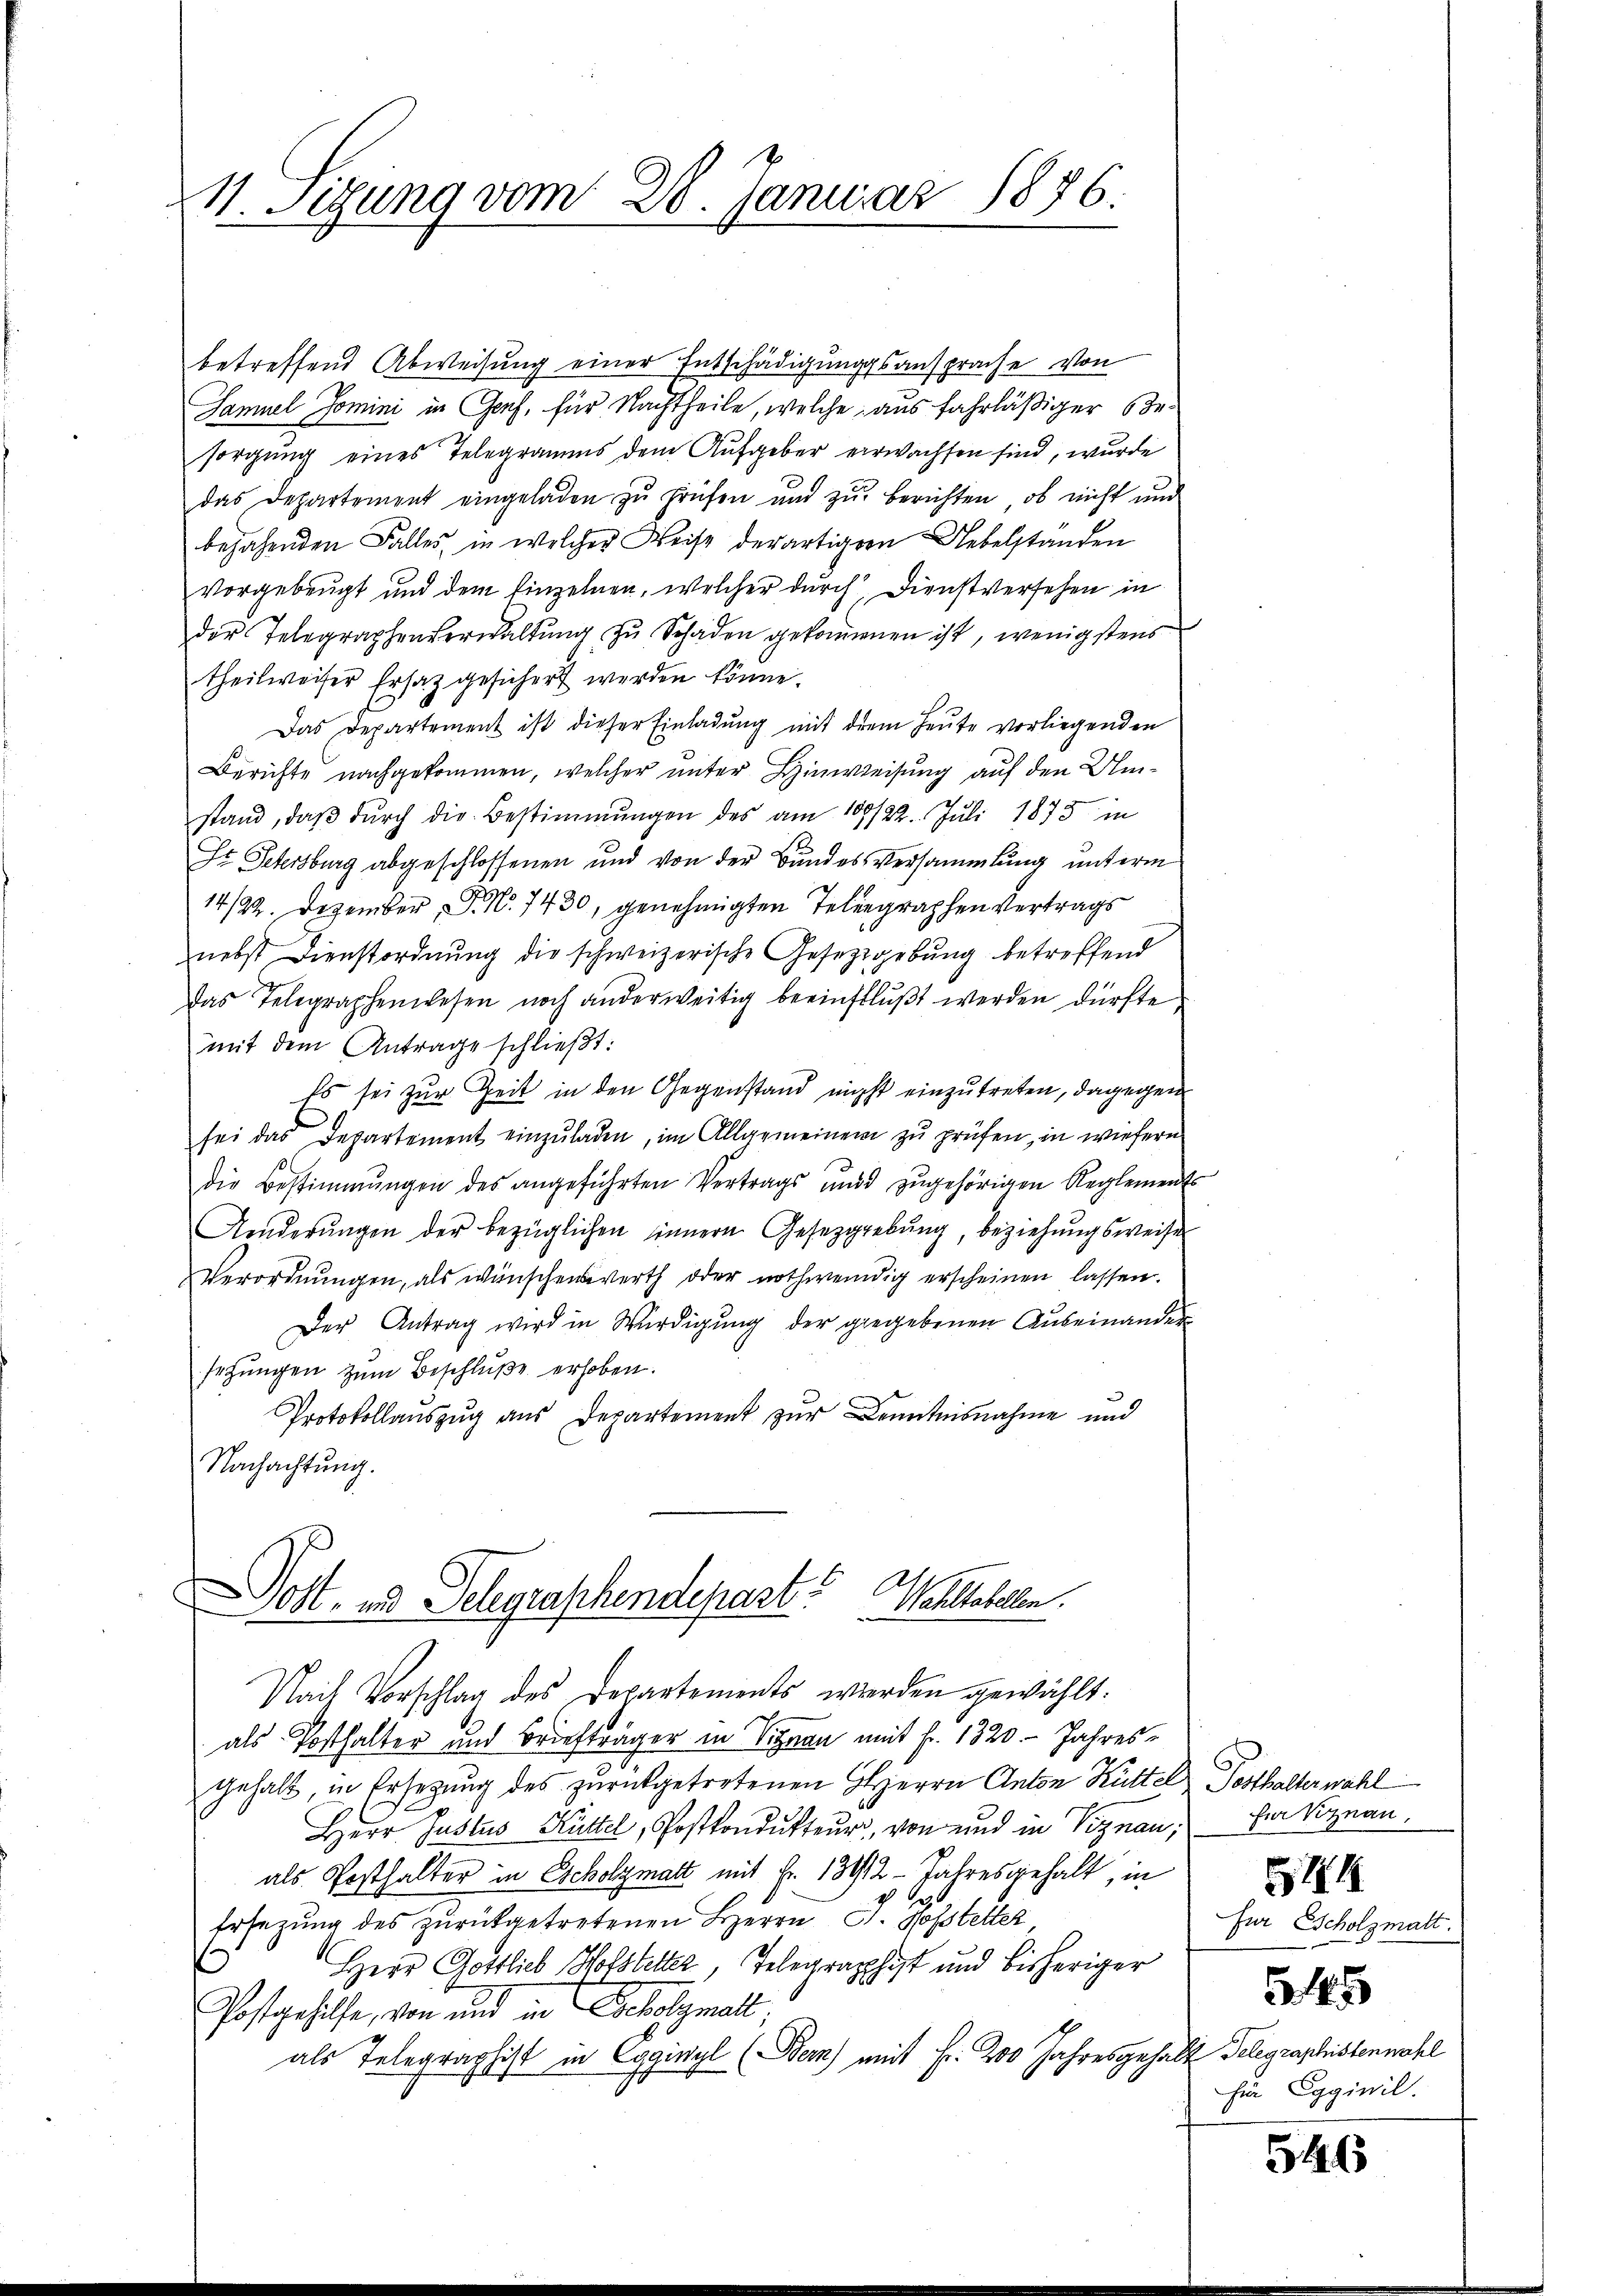
11. Sitzung vom 28. Januar 1876.

betreffend Abweisung einer Entschädigungsansprache von
Samuel Jomini in Genf, für Nachtheile, welche aus fahrläßiger Besorgung eines Telegramms dem Aufgeber verwachsen sind, wurde
das Departement eingeladen zŭ prüfen und zŭr berichten, ob nicht und
bejahenden Falles, in welcher Weise derartigern Uebelständen
vorgebeugt und dem Einzelnen, welcher durch Dienstversehen in
der Telegraphenverwaltŭng zŭ Schaden gekommenen ist, wenigstens
theilweiser Ersatz gesichert werden könne.
Das Departement ist dieser Einladung mit dem Heute vorliegenden
Berichte nachgekommen, welcher unter Hinweisung auf den Umstand, daβ dŭrch die Bestimmungen des am 109/22. Jŭli 1875 in
Dr. Petersburg abgeschlossenen und von der Bundesversammlung unterm
14/22. Dezember, P. Nr. 7430, genehmigten Telegraphen Vertrags
nebst Dienstordnŭng die schweizerische Gesetzgebung betreffend
Das Telegraphenwesen noch anderweitig beeinflŭβt werden dürfte.
mit dem Antrage schließt:
Es sei zur Zeit in den Gegenstand nicht einzutreten, dagegen
sei das Departement einzŭladen, im Allgemeinem zu prüfen, in wiefern
die Bestimmungen des angeführten Vertrags und zugehörigen Reglements
Änderŭngen der bezüglichen sinnern Gesezggebŭng, beziehŭngsweise
Verordnŭngen, als wünschenswerth oder nothwendig erscheinen lassen.
Der Antrag wird in Würdigung der gegebenen Auseinandersetzŭngen zŭm Beschlŭβe erhoben.
Protokollauszug aus Departement zur Kenntnisnahme und
Nachachtung.

ost- und Gelegraschendepart. Wohltobelen.

Nach Vorschlag des Departements werden gewählt:
als Posthalter und Briefträger in Signan mit fr. 1320. Jahres-
gehalt in Ersezung des zurückgetretenen HHerrn Anton Hüttel Posthalterwähl
Herr Justus Hüttel, Postkondukteur, von und in Viznau, Er Signan
als Posthalter in Escholzmatt mit Fr. 134/12 - Jahresgehalt, in
Ersetzung des zurückgetretenen Herrn C. Hofstetter,
Herr Gottlieb Hofstetter, Telegraphist und bisheriger
Postgehilfe, von und in Scholzmall
als Telegraphist in Egginyl (Bern) mit Fr. 200 Jahresgehalt Telegraphistenwahl

24

Für Escholzmatt.

55

fin Egginil.

546